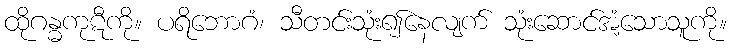
ထိုဂန္ဓကုဋီကို။ ပရိဘောဂံ၊ သီတင်းသုံး၍နေလျက် သုံးဆောင်အံ့သောသူကို။